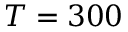
T = 3 0 0